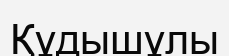
Құдышұлы